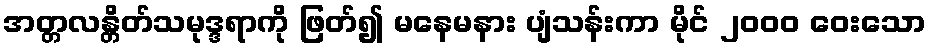
အတ္တလန္တိတ်သမုဒ္ဒရာကို ဖြတ်၍ မနေမနား ပျံသန်းကာ မိုင် ၂၀၀၀ ဝေးသော